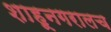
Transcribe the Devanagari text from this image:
शाहूनगरालच